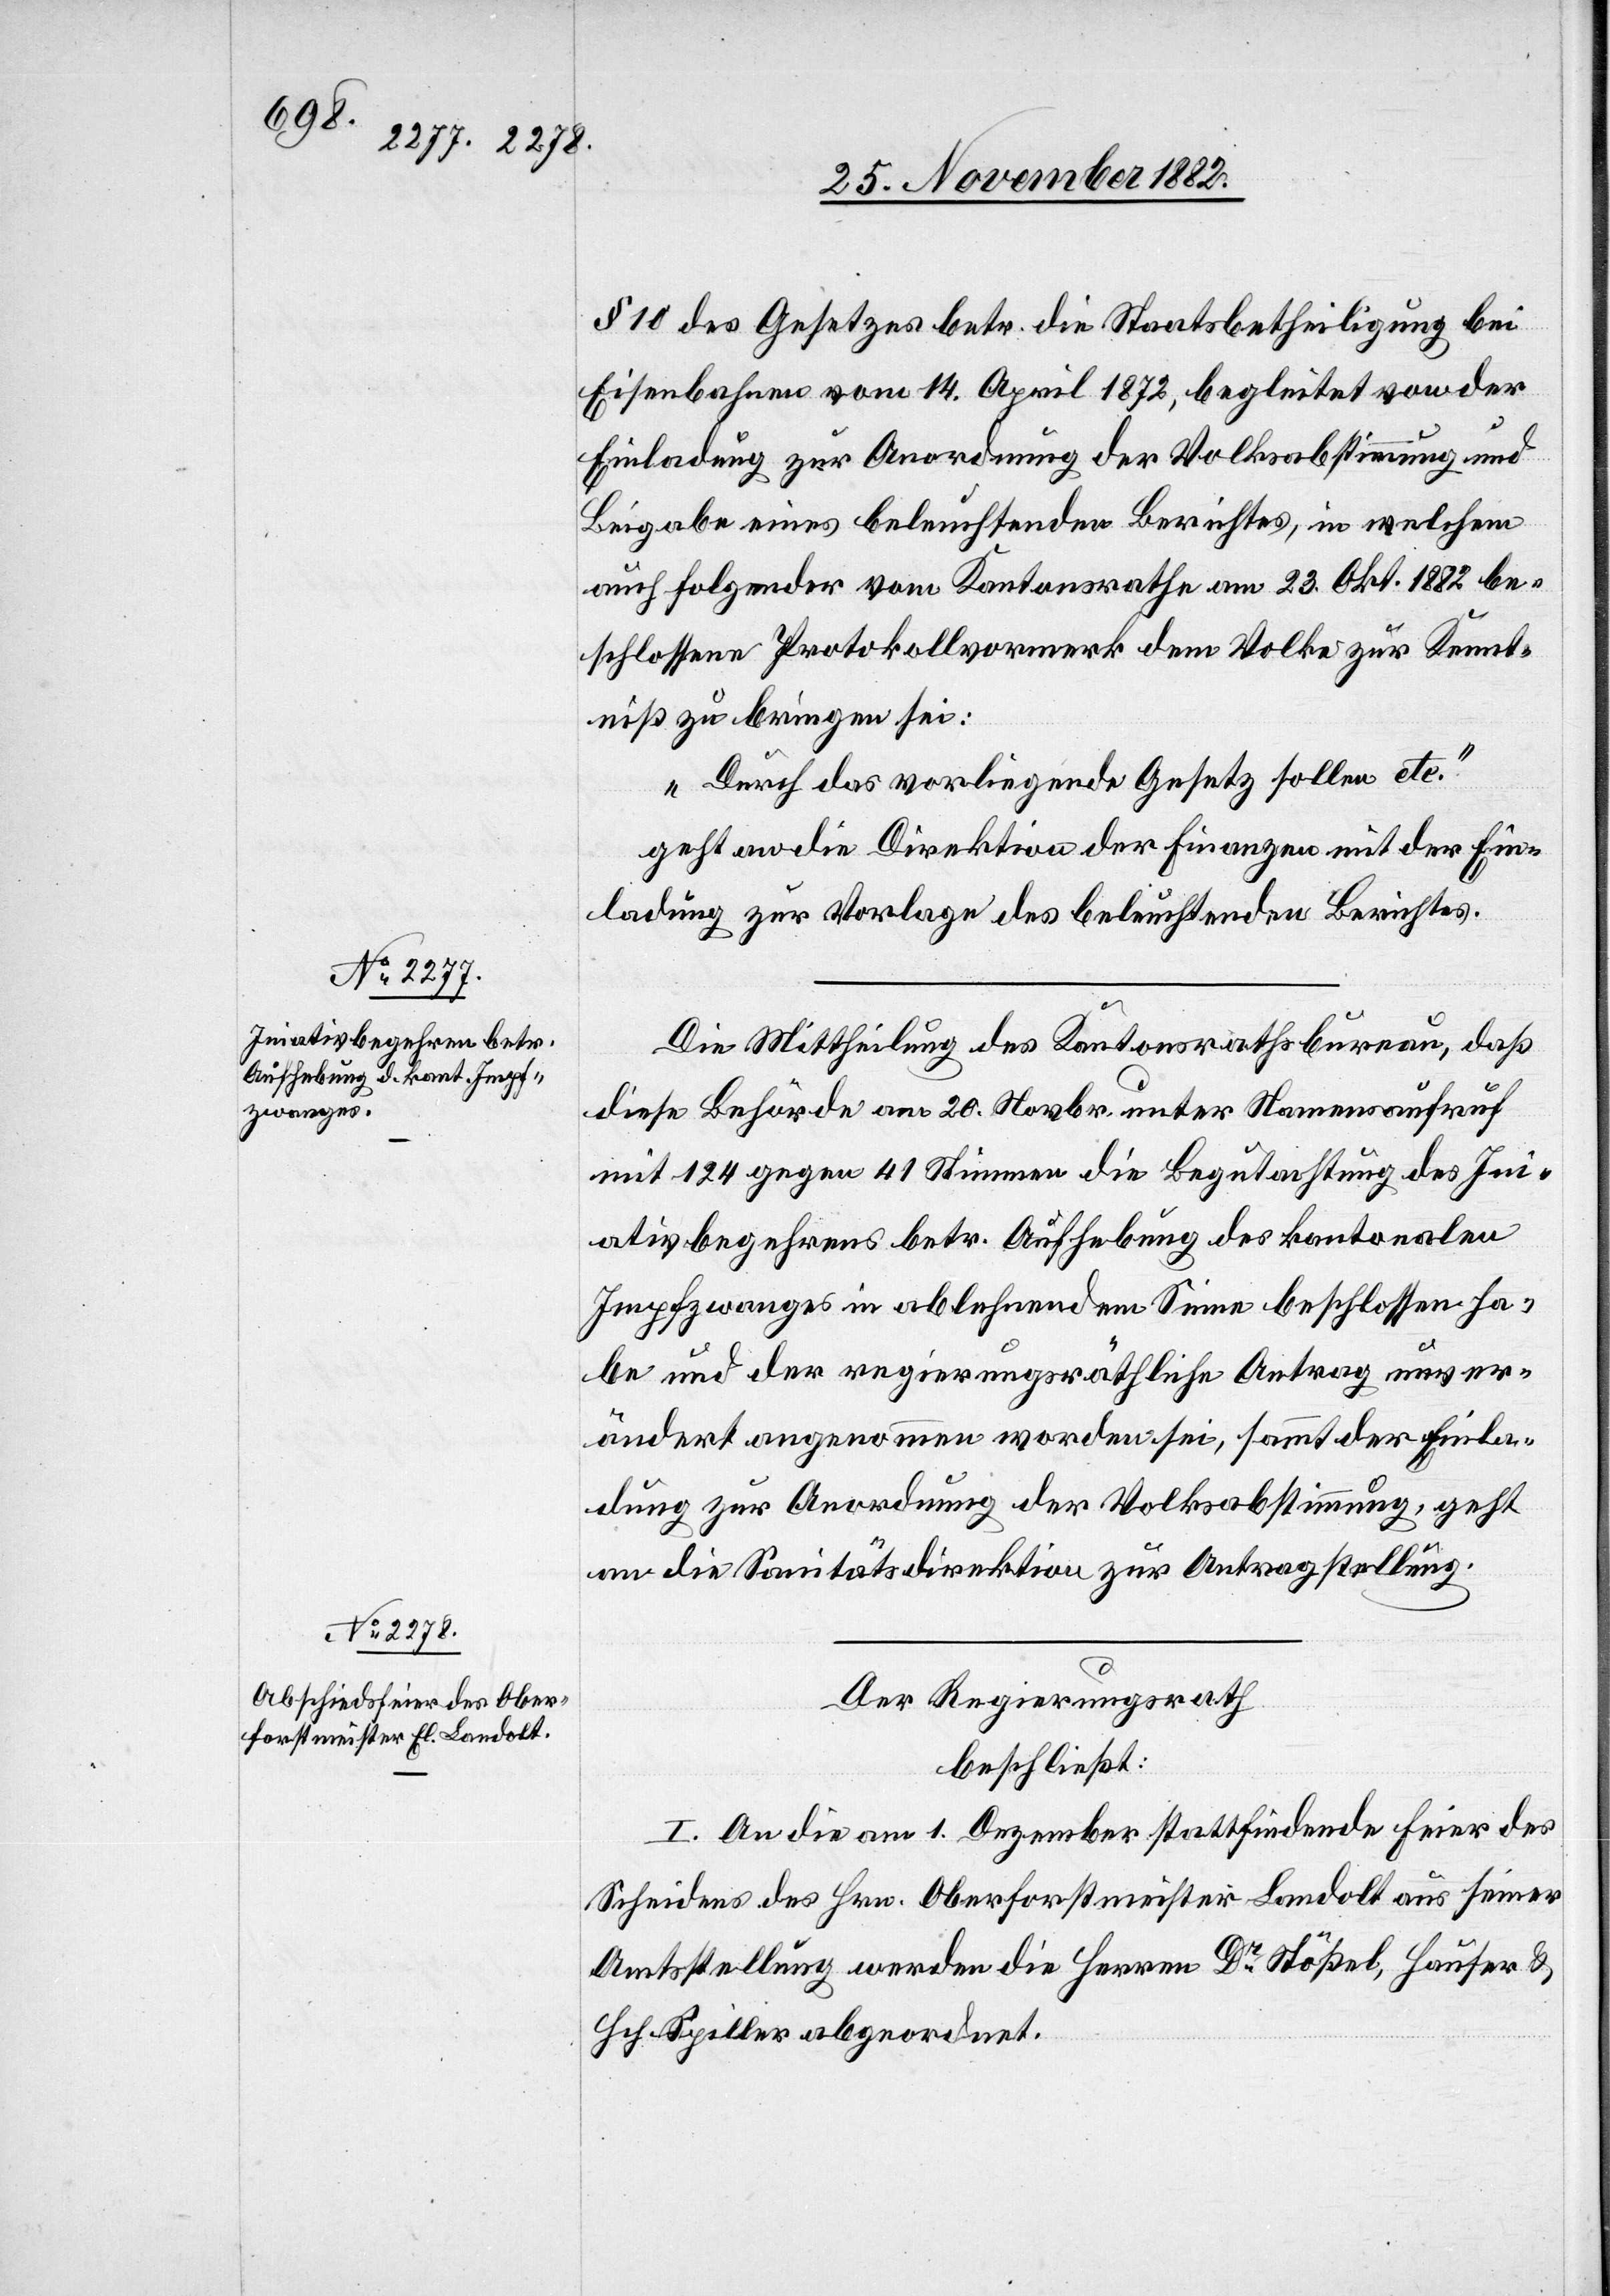
§ 10 des Gesetzes betr. die Staatsbetheiligung bei
Eisenbahnen vom 14. April 1872, begleitet von der
Einladung zur Anordnung der Volksabstimmung und
Beigabe eines beleuchtenden Berichtes, in welchem
auch folgender vom Kantonsrathe am 23. Okt. 1882 be¬
schlossene Protokollvormerk dem Volke zur Kennt¬
niß zu bringen sei:
„Durch das vorliegende Gesetz sollen etc.“
geht an die Direktion der Finanzen mit der Ein¬
ladung zur Vorlage des beleuchtenden Berichtes.
Initi¬
Die Mittheilung des Kantonsrathsbureau, daß
diese Behörde am 20. Novbr. unter Namensaufruf
mit 124 gegen 41 Stimmen die Begutachtung des Ini¬
ativbegehrens] betr. Aufhebung des kantonalen
Impfzwanges in ablehnendem Sinne beschlossen ha¬
be und der regierungsräthliche Antrag unver¬
ändert angenommen worden sei, sammt der Einla¬
dung zur Anordnung der Volksabstimmung, geht
an die Sanitätsdirektion zur Antragstellung.
Der Regierungsrath
beschließt:
I. An die am 1. Dezember stattfindende Feier des
Scheidens des Hrn. Oberforstmeister Landolt aus seiner
Amtsstellung werden die Herren Dr Stößel, Hauser &
Hch. Spiller abgeordnet.